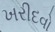
ખરીદવો